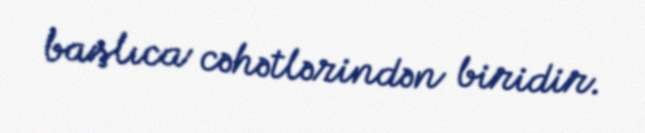
başlıca cəhətlərindən biridir.